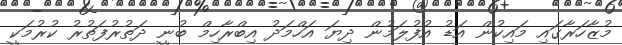
މުޒާހަރާގައި މައިކުން އަޑު އުފުލަމުން ދިޔަ އަހްމަދު އިބްރާހިމް ބުނީ ދަތުރުފަތުރު ކުރުމަކީ